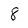
Character: 8